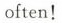
often !